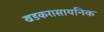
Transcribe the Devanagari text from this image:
खडकरासायनिक